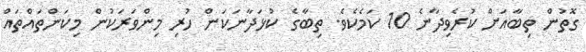
ގޮތުން ތިބާއަށް ކުރެވިދާނެ 10 ކަމެކެވެ. ތިބާގެ ކުޅަދާނަކަން ހުރި މިންވަރަކުން މިކަންތައްތައް